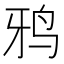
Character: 鸦